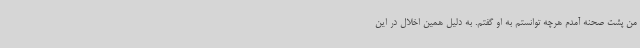
من پشت صحنه آمدم هرچه توانستم به او گفتم. به دلیل همین اخلال در این